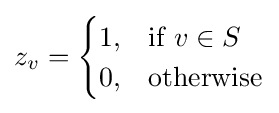
z_{v}={\begin{cases}1,&{\text{if }}v\in S\\0,&{\text{otherwise}}\end{cases}}